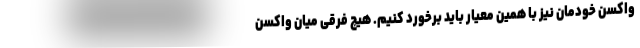
واکسن خودمان نیز با همین معیار باید برخورد کنیم. هیچ فرقی میان واکسن